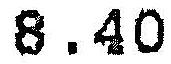
8.40